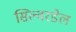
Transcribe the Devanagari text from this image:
सिल्वरडेल